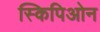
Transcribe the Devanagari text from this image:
स्किपिओन